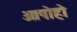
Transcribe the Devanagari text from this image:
ओपोहो